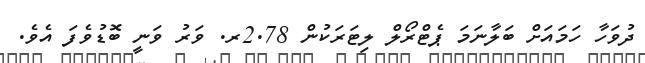
ދުވަހާ ހަމައަށް ބަލާނަމަ ޕެޓްރޯލް ލިޓަރަކުން 2.78ރ. ވަރު ވަނީ ބޮޑުވެފަ އެވެ.